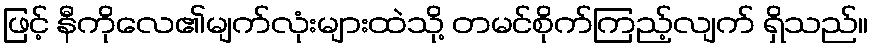
ဖြင့် နီကိုလေ၏မျက်လုံးများထဲသို့ တမင်စိုက်ကြည့်လျက် ရှိသည်။